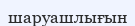
шаруашлығын